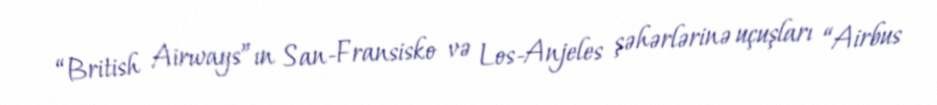
“British Airways”ın San-Fransisko və Los-Anjeles şəhərlərinə uçuşları “Airbus